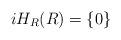
LaTeX: \begin{align*}iH_{R}(R)=\left\{ 0\right\} \end{align*}